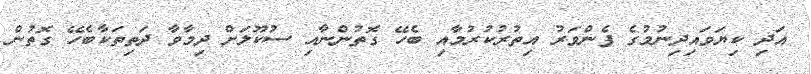
އަދި ކިޔަވައިދިނުމުގެ ފެންވަރު އިތުރުކުރުމާއި ބެހޭ ގޮތުންނާއި ސުކޫލަށް ދިމާވާ ދަތިތަކާބެހޭ ގޮތުން